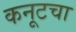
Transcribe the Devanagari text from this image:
कनूटचा